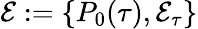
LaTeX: \mathcal{E}:=\{ P_{0}(\tau),\mathcal{E}_{\tau}\}